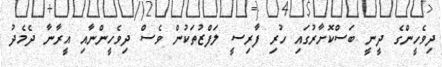
ދިވެހީންގެ ދީނީ ބަސްކޮށާރުގައި ހުރި ފާރިސީ ލަފްޒުތަކުން ވެސް ދިވެހީންނާއި އީރާނާ ދެމެދު